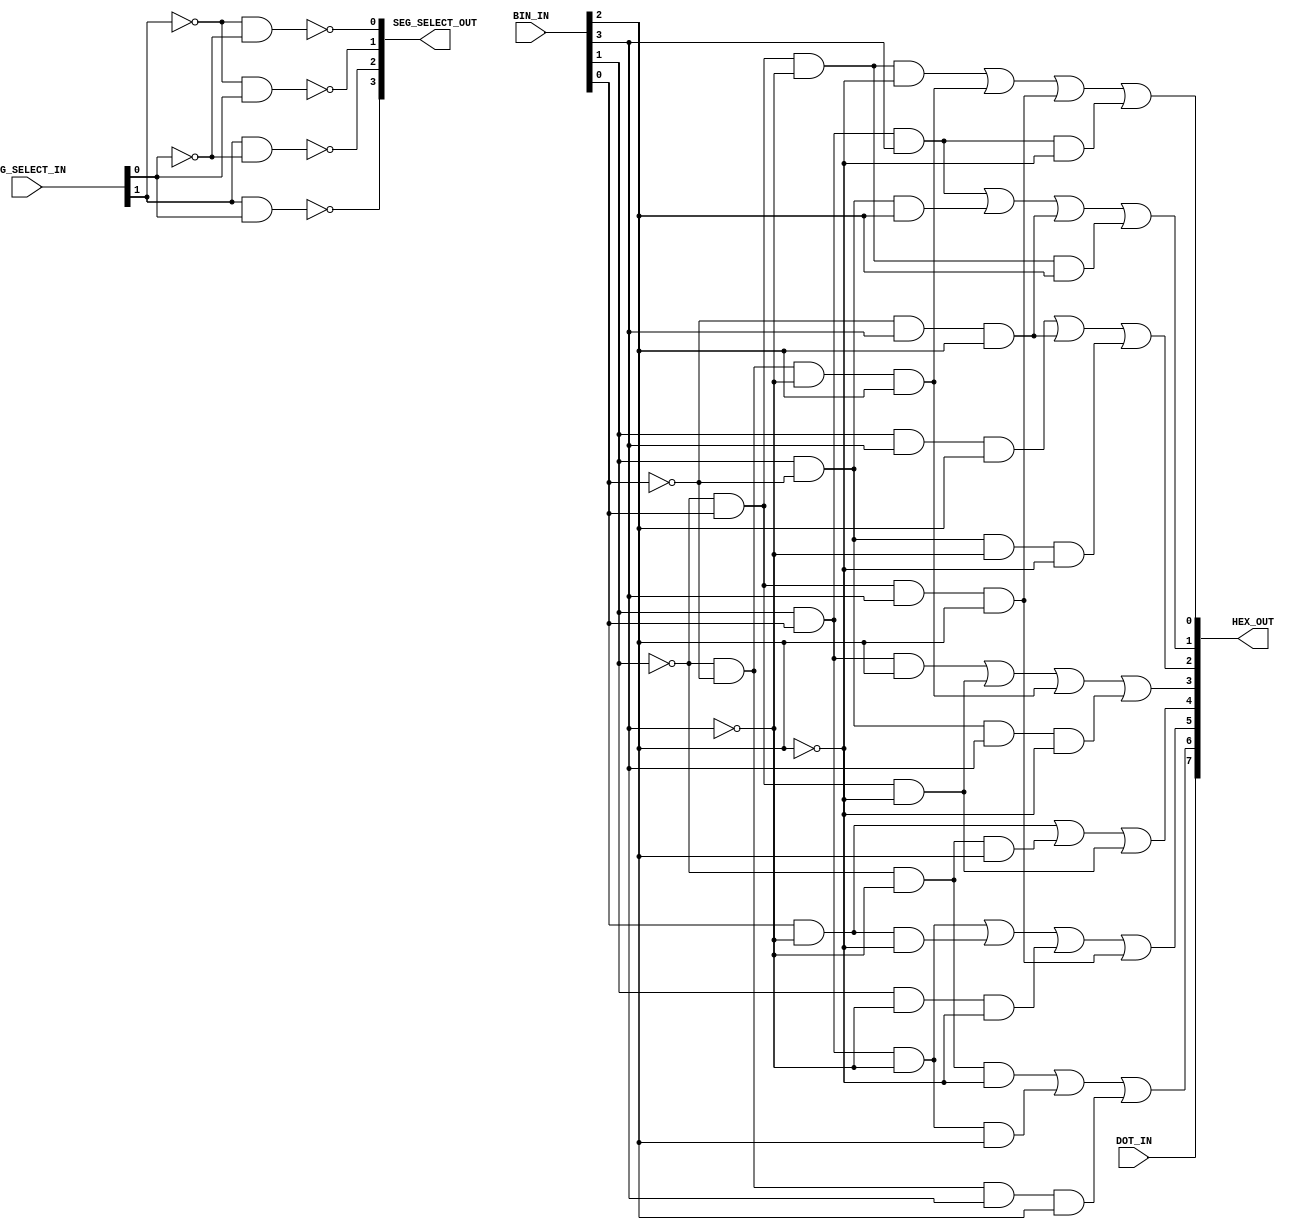
`timescale 1ns / 1ps
//////////////////////////////////////////////////////////////////////////////////
// Company: 
// Engineer: 
// 
// Design Name: 
// Module Name: Decoding_The_World
// Project Name: 
// Target Devices: 
// Tool Versions: 
// Description: Selects each segment of the display and lights it depending on what to display
//              1 turns OFF the light, 0 turns ON
// Dependencies: None
// 
// Revision:
// Revision 0.01 - File Created
// Additional Comments:
// 
//////////////////////////////////////////////////////////////////////////////////


module Seven_Segment(
    input [1:0] SEG_SELECT_IN,
    input [3:0] BIN_IN,
    input DOT_IN,
    output [3:0] SEG_SELECT_OUT,
    output [7:0] HEX_OUT
    );
    
    wire A, B, C, D;
    wire E, F;
    
    assign B = BIN_IN[0];
    assign A = BIN_IN[1];
    assign D = BIN_IN[2];
    assign C = BIN_IN[3];
    
    //CA = A'BC'D' + A'B'C'D + A'BCD + ABCD' {0,2,3,5,6,7,8,9,A,C,E,F}
    assign HEX_OUT[0] = ((~A)&B&(~C)&(~D))|((~A)&(~B)&(~C)&D)|((~A)&B&C&D)|(A&B&C&(~D));
    
    //CB = AB'D + ABC + A'BC'D + B'CD {0,1,2,3,4,7,8,9,A,D}
    assign HEX_OUT[1] = (A&B&C)|(A&(~B)&D)|((~B)&C&D)|((~A)&B&(~C)&D);
    
    //CC = AB'C'D' + B'CD + ACD {0,1,3,4,5,6,7,8,9,A,B,D}
    assign HEX_OUT[2] = (A&C&D)|((~B)&C&D)|(A&(~B)&(~C)&(~D));
    
    //CD = ABD + A'BD' + A'B'C'D + AB'CD' {0,2,3,5,6,8,B,C,D,E}
    assign HEX_OUT[3] = (A&B&D)|((~A)&B&(~D))|((~A)&(~B)&(~C)&D)|(A&(~B)&C&(~D));
    
    //CE = BC' + A'C'D + A'BD' {0,2,6,8,A,B,C,D,E,F}
    assign HEX_OUT[4] = (B&(~C))|((~A)&(~C)&D)|((~A)&B&(~D));
    
    //CF = ABC' + BC'D' + AC'D' + A'BCD {0,4,6,8,9,A,B,C,E,F}
    assign HEX_OUT[5] = (A&B&(~C))|(B&(~C)&(~D))|(A&(~C)&(~D))|((~A)&B&C&D);
    
    //CG = A'C'D' + ABC'D + A'B'CD {2,3,4,5,6,8,9,A,B,D,E,F}
    assign HEX_OUT[6] = ((~A)&(~C)&(~D))|(A&B&(~C)&D)|((~A)&(~B)&C&D);
    
    assign HEX_OUT[7] = DOT_IN;
    
    assign E = SEG_SELECT_IN[0];
    assign F = SEG_SELECT_IN[1];
    
    assign SEG_SELECT_OUT[0] = ~((~F)&(~E));
    assign SEG_SELECT_OUT[1] = ~((~F)&E);
    assign SEG_SELECT_OUT[2] = ~(F&(~E));
    assign SEG_SELECT_OUT[3] = ~(F&E);
    
endmodule